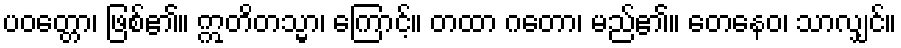
ပဝတ္တော၊ ဖြစ်၏။ ဣတိတသ္မာ၊ ကြောင့်။ တထာ ဂတော၊ မည်၏။ တေနေဝ၊ သာလျှင်။